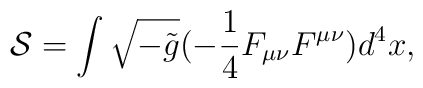
{\cal S}=\int\sqrt{-\tilde{g}}(-\frac{1}{4}F_{\mu\nu}F^{\mu\nu})d^4x,